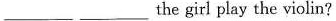
___ ___ the girl play the violin?